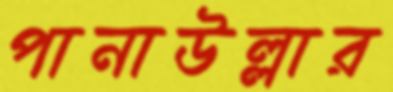
পানাউল্লার